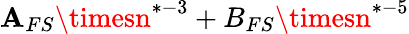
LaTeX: \mathbf{A}_{FS}\timesn^{*-3}+B_{FS}\timesn^{*-5}